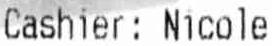
CASHIER: NICOLE